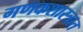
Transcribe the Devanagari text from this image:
गणकशास्त्रात